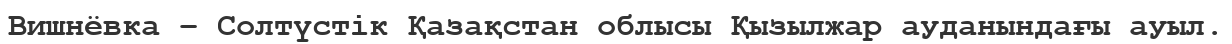
Вишнёвка – Солтүстік Қазақстан облысы Қызылжар ауданындағы ауыл.